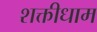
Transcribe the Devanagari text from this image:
शक्तीधाम